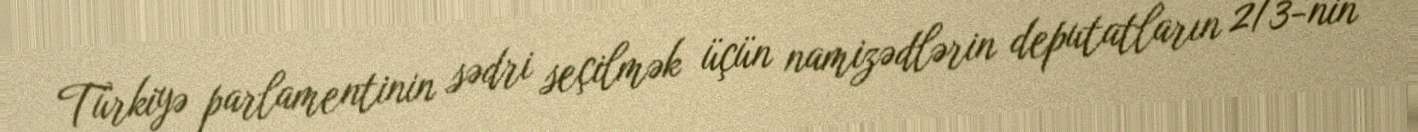
Türkiyə parlamentinin sədri seçilmək üçün namizədlərin deputatların 2/3-nin